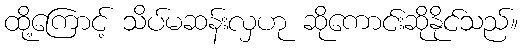
ထို့ကြောင့် သိပ်မဆန်းလှဟု ဆိုကောင်းဆိုနိုင်သည်။